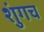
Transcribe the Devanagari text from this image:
शुंगच